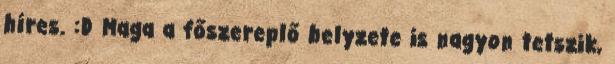
híres. :D Maga a főszereplő helyzete is nagyon tetszik,